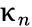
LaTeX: \upkappa_{n}